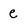
Character: e